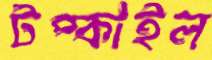
টপ্‌কাইল